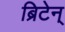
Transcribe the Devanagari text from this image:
ब्रिटेन्